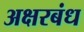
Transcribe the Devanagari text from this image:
अक्षरबंध